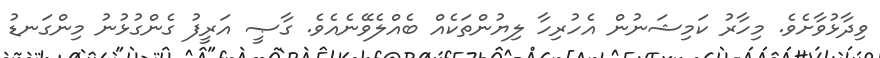
ވިދާޅުވާށެވެ. މިހާރު ކަމިޝަނުން އެހުރިހާ ލިޔުންތަކެއް ބެއްލެވޭނެއެވެ. ގާޞީ އަރީފު ގެންގުޅުނު މިންގަނޑު